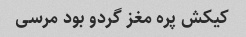
کیکش پره مغز گردو بود مرسی